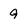
Character: 9